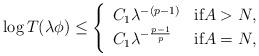
LaTeX: \begin{align*} \log T(\lambda\phi)\le \left\{ \begin{array}{ll} C_1\lambda^{-(p-1)} & \mbox{if}A>N,\\ C_1\lambda^{-\frac{p-1}{p}} & \mbox{if}A=N,\\ \end{array} \right. \end{align*}